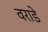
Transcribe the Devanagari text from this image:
वराडे